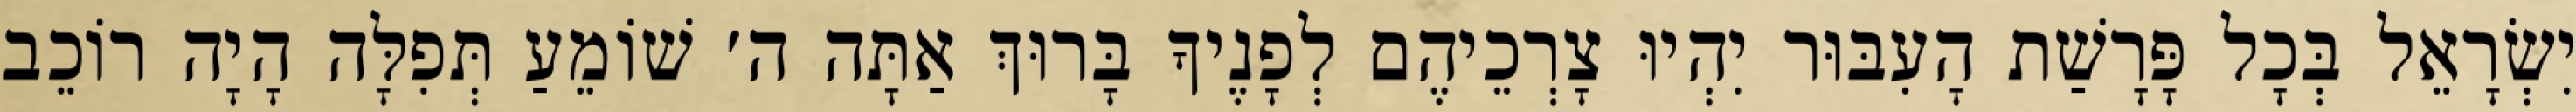
יִשְׂרָאֵל בְּכָל פָּרָשַׁת הָעִבּוּר יִהְיוּ צָרְכֵיהֶם לְפָנֶיךָ בָּרוּךְ אַתָּה ה׳ שׁוֹמֵעַ תְּפִלָּה הָיָה רוֹכֵב